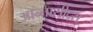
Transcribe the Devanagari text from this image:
आन्तासीद्स्